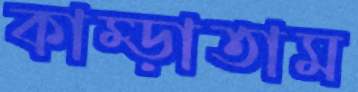
কাম্‌ড়াতাম